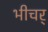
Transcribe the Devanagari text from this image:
भीचर्